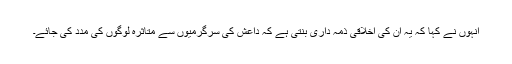
انہوں نے کہا کہ یہ ان کی اخلاقی ذمہ داری بنتی ہے کہ داعش کی سرگرمیوں سے متاثرہ لوگوں کی مدد کی جائے۔